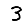
Digit: 3